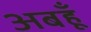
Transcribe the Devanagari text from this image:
अबहूँ